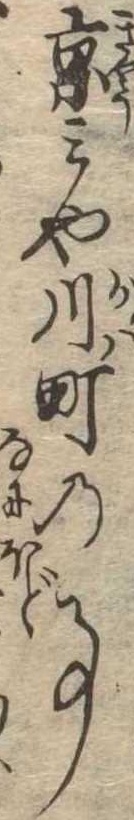
京みや川町の事